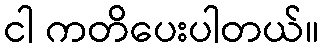
ငါ ကတိပေးပါတယ်။